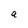
Character: a